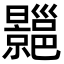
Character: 𢀍